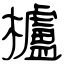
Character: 櫨